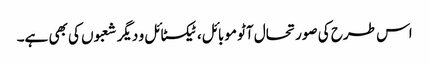
اس طرح کی صورتحال آٹو موبائل، ٹیکسٹائل و دیگر شعبوں کی بھی ہے۔